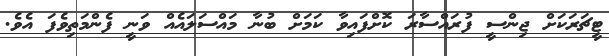
ޓީޗަރަކަށް ޖިންސީ ފުރައްސާރަ ކޮށްފައިވާ ކަމަށް ބުނާ މައްސަލައެއް ވަނީ ފެންމަތިވެފަ އެވެ.